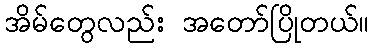
အိမ်တွေလည်း အတော်ပြိုတယ်။